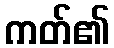
ကတ်၏